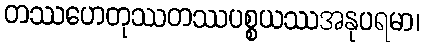
တဿဟေတုဿတဿပစ္စယဿအနုပရမာ၊